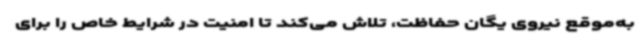
به‌موقع نیروی یگان حفاظت، تلاش می‌کند تا امنیت در شرایط خاص را برای